Code of medical and sanitary regulations for the guidance of medical officers serving in the Madras Presidency - Volume I
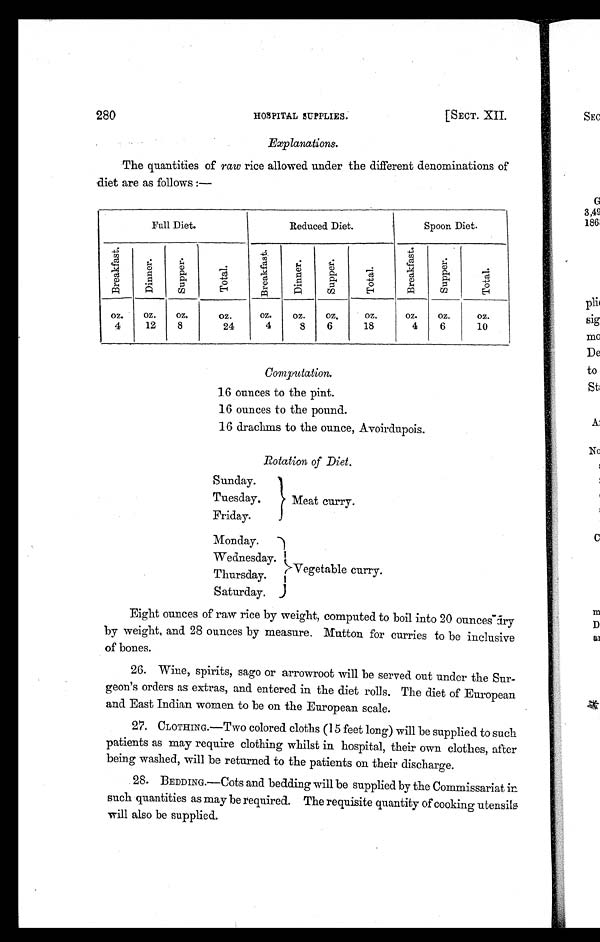
280
HOSPITAL SUPPLIES.
[SECT. XII.
Explanations.
The quantities of raw rice allowed under the different denominations of
diet are as follows :—
Full Diet.
Reduced Diet.
Spoon Diet.
B r e a k f a s t .
D i n n e r .
S u p p e r .
T o t a l .
B r e a k f a s t .
D i n n e r .
S u p p e r .
T o t a l .
B r e a k f a s t .
S u p p e r .
T a t a l .
oz.
4
oz.
12
oz.
8
oz.
24
oz.
4
oz.
8
oz.
6
oz.
18
oz.
4
oz.
6
oz.
10
Computation.
16 ounces to the pint.
16 ounces to the pound.
16 drachms to the ounce, Avoirdupois.
Rotation of Diet.
Sunday.
Meat curry.
Tuesday.
Friday.
Monday.
Vegetable curry.
Wednesday.
Thursday.
Saturday.
Eight ounces of raw rice by weight, computed to boil into 20 ounces dry
by weight, and 28 ounces by measure. Mutton for curries to be inclusive
of bones.
26. Wine, spirits, sago or arrowroot will be served out under the Sur-
geon's orders as extras, and entered in the diet rolls. The diet of European
and East Indian women to be on the European scale.
2 7 . C L O T H I N G . — T w o c o l o r e d c l o t h s ( 1 5 f e e t l o n g ) w i l l b e s u p p l i e d t o s u c h
patients as may require clothing whilst in hospital, their own clothes, after
being washed, will be returned to the patients on their discharge.
28. BEDDING.—Cots and bedding will be supplied by the Commissariat in
such quantities as may be required. The requisite quantity of cooking utensils
will also be supplied.